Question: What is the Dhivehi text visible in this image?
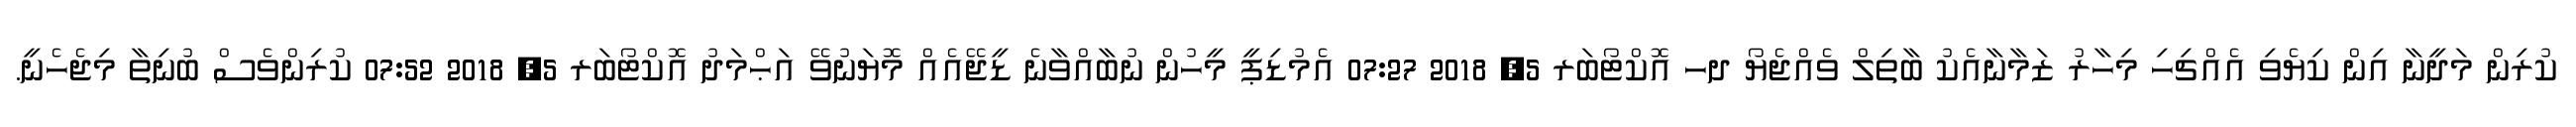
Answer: ކުރިން މަދީނާ އިން ކިޔެވި އެއްޗިހި މިހާރު ޒަމާނާއެކު ބާތިލް ވެއްޖެޔޯ ދހ އޮކްޓޯބަރ 5, 2018 07:27 އެމުޑިޕީ މީހުން ނުބާއްވާނެ ޑީޖޭއެއް މޮޔަނުވޭ އަޙްމަދު އޮކްޓޯބަރ 5, 2018 07:52 ކުރިންވެސް ބުނިތާ މިޖެހެނީ.